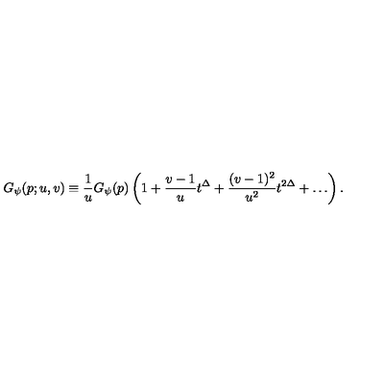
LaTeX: G _ { \psi } ( p ; u , v ) \equiv \frac { 1 } { u } G _ { \psi } ( p ) \left( 1 + \frac { v - 1 } { u } t ^ { \Delta } + \frac { ( v - 1 ) ^ { 2 } } { u ^ { 2 } } t ^ { 2 \Delta } + \ldots \right) .